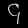
Digit: ၄